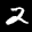
Label: 2